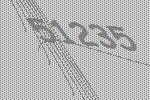
51235